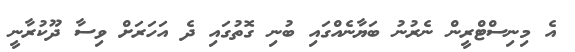
އެ މިނިސްޓްރީން ނެރުނު ބަޔާނެއްގައި ބުނި ގޮތުގައި ދެ އަހަރަށް ވިސާ ދޫކުރާނީ